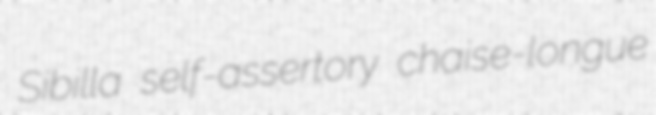
Sibilla self-assertory chaise-longue